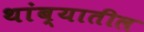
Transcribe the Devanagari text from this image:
थांब्यातील